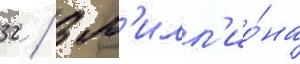
32 / 3 м'илл'ио́на